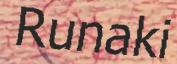
Runaki